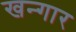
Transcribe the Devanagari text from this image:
खन्गार